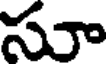
సూ